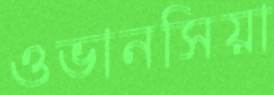
ওভানসিয়া